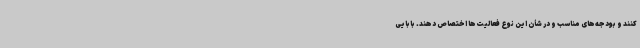
کنند و بودجه‌های مناسب و در شأن این نوع فعالیت‌ها اختصاص دهند. بابایی